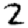
Digit: 2